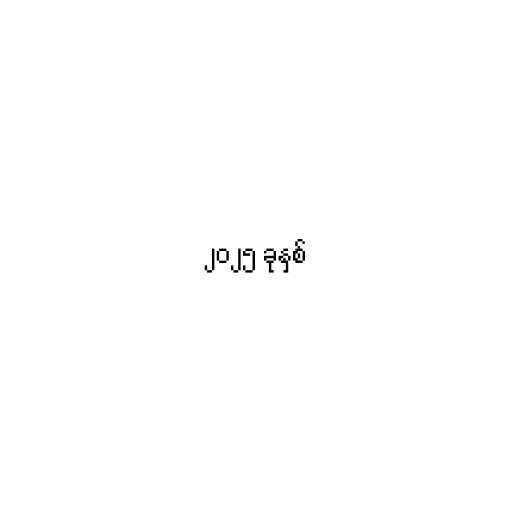
၂၀၂၅ ခုနှစ်